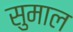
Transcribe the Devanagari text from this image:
सुमाल